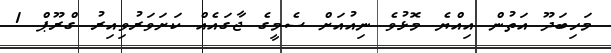
މަހިބަދޫ އަތުން އިއްޔެ މޮޅުވެ ނިއުއަށް ސެމީގެ ޖާގައެއް ކަށަވަރުވިއިރު ގްރޫޕް 1